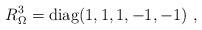
LaTeX: \begin{align*}R_{\Omega}^3={\rm diag}(1, 1, 1, -1, -1) ~,~\,\end{align*}